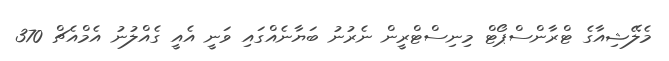
މެލޭޝިއާގެ ޓްރާންސްޕޯޓް މިނިސްޓްރީން ނެރުނު ބަޔާނެއްގައި ވަނީ އެއީ ގެއްލުނު އެމްއެޗް 370